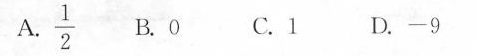
A. \frac{1}{2} B. 0 C. 1 D. -9